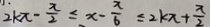
2 k \pi - \frac { \pi } { 2 } \leq x - \frac { x } { 6 } \leq 2 k \pi + \frac { \pi } { 2 }